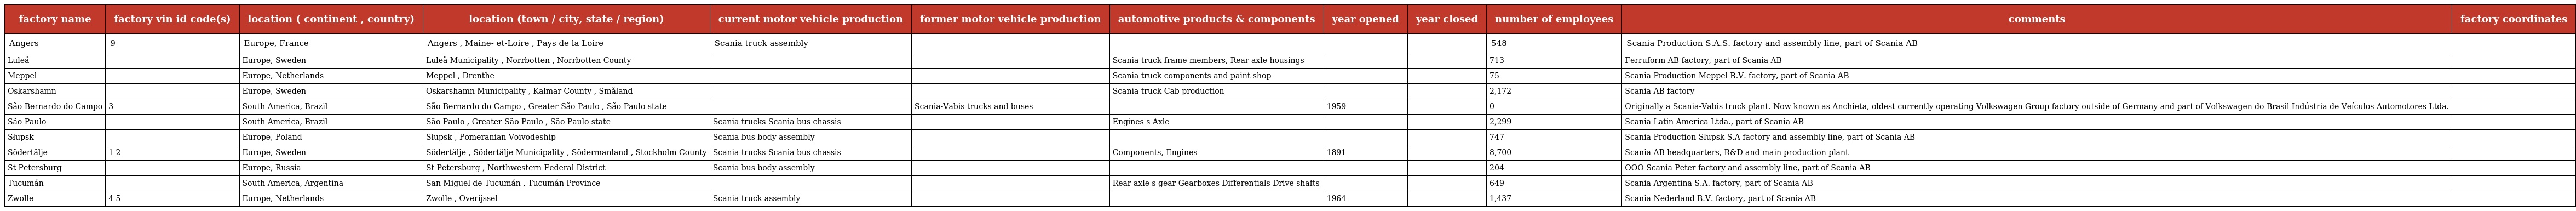
| factory name | factory vin id code(s) | location ( continent , country) | location (town / city, state / region) | current motor vehicle production | former motor vehicle production | automotive products & components | year opened | year closed | number of employees | comments | factory coordinates |
 | --- | --- | --- | --- | --- | --- | --- | --- | --- | --- | --- | --- |
 | Angers | 9 | Europe, France | Angers , Maine- et-Loire , Pays de la Loire | Scania truck assembly |  |  |  |  | 548 | Scania Production S.A.S. factory and assembly line, part of Scania AB |  |
 | Luleå |  | Europe, Sweden | Luleå Municipality , Norrbotten , Norrbotten County |  |  | Scania truck frame members, Rear axle housings |  |  | 713 | Ferruform AB factory, part of Scania AB |  |
 | Meppel |  | Europe, Netherlands | Meppel , Drenthe |  |  | Scania truck components and paint shop |  |  | 75 | Scania Production Meppel B.V. factory, part of Scania AB |  |
 | Oskarshamn |  | Europe, Sweden | Oskarshamn Municipality , Kalmar County , Småland |  |  | Scania truck Cab production |  |  | 2,172 | Scania AB factory |  |
 | São Bernardo do Campo | 3 | South America, Brazil | São Bernardo do Campo , Greater São Paulo , São Paulo state |  | Scania-Vabis trucks and buses |  | 1959 |  | 0 | Originally a Scania-Vabis truck plant. Now known as Anchieta, oldest currently operating Volkswagen Group factory outside of Germany and part of Volkswagen do Brasil Indústria de Veículos Automotores Ltda. |  |
 | São Paulo |  | South America, Brazil | São Paulo , Greater São Paulo , São Paulo state | Scania trucks Scania bus chassis |  | Engines s Axle |  |  | 2,299 | Scania Latin America Ltda., part of Scania AB |  |
 | Słupsk |  | Europe, Poland | Słupsk , Pomeranian Voivodeship | Scania bus body assembly |  |  |  |  | 747 | Scania Production Slupsk S.A factory and assembly line, part of Scania AB |  |
 | Södertälje | 1 2 | Europe, Sweden | Södertälje , Södertälje Municipality , Södermanland , Stockholm County | Scania trucks Scania bus chassis |  | Components, Engines | 1891 |  | 8,700 | Scania AB headquarters, R&D and main production plant |  |
 | St Petersburg |  | Europe, Russia | St Petersburg , Northwestern Federal District | Scania bus body assembly |  |  |  |  | 204 | OOO Scania Peter factory and assembly line, part of Scania AB |  |
 | Tucumán |  | South America, Argentina | San Miguel de Tucumán , Tucumán Province |  |  | Rear axle s gear Gearboxes Differentials Drive shafts |  |  | 649 | Scania Argentina S.A. factory, part of Scania AB |  |
 | Zwolle | 4 5 | Europe, Netherlands | Zwolle , Overijssel | Scania truck assembly |  |  | 1964 |  | 1,437 | Scania Nederland B.V. factory, part of Scania AB |  |